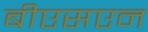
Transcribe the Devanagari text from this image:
बीएसएन